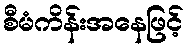
စီမံကိန်းအနေဖြင့်